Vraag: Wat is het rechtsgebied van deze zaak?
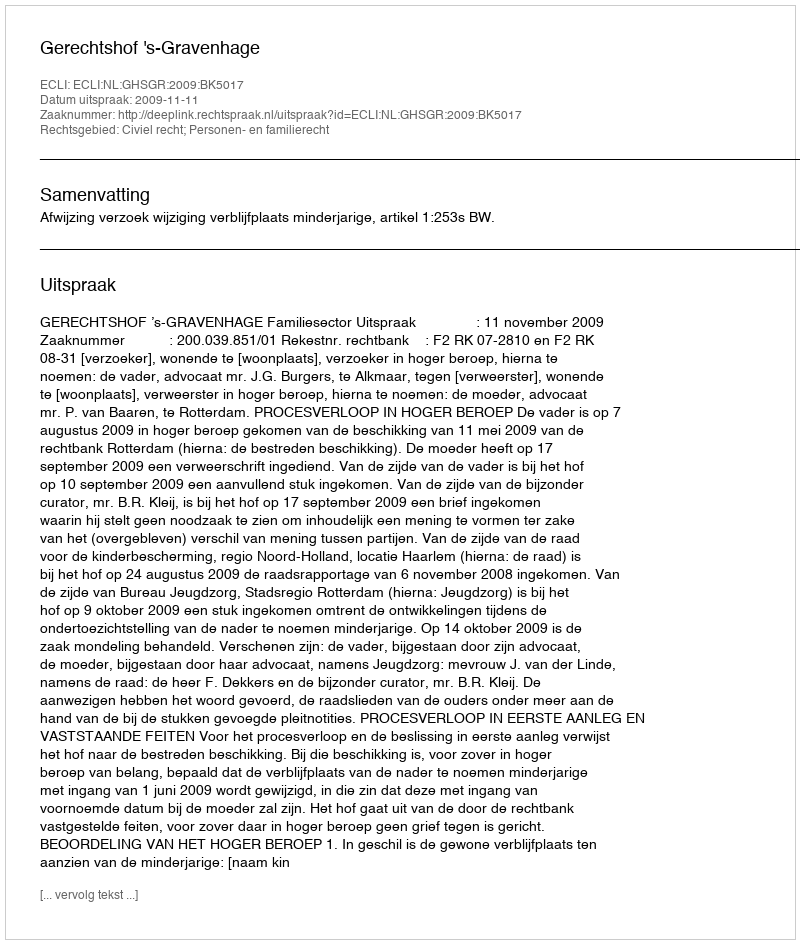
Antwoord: Civiel recht; Personen- en familierecht